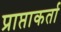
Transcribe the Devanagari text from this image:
प्राप्ताकर्ता